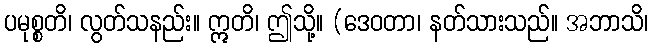
ပမုစ္စတိ၊ လွတ်သနည်း။ ဣတိ၊ ဤသို့။ (ဒေဝတာ၊ နတ်သားသည်။ အဘာသိ၊